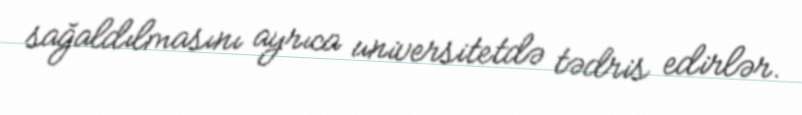
sağaldılmasını ayrıca universitetdə tədris edirlər.